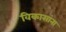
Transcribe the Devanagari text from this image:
विकासांना